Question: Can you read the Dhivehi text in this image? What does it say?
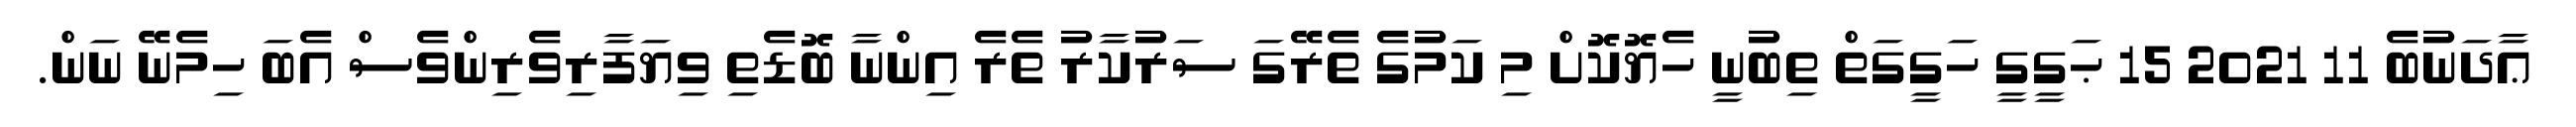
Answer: ޢާދަނުބެ 11 2021 15 ޙަގީގީ ހަގީގަތް ތިބުނީ ހެޔޮކޮށް މި ކަމުގެ ތެރޭގަ ސަރުކާރު ތެރެ އިންނާ ބޮޑެތި ވިޔަފާރިވެރިންވެސް އެބަ ހިމެނޭ ނަން.